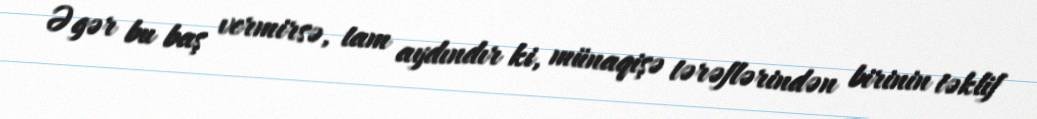
Əgər bu baş vermirsə, tam aydındır ki, münaqişə tərəflərindən birinin təklif